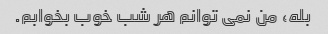
بله، من نمی توانم هر شب خوب بخوابم.